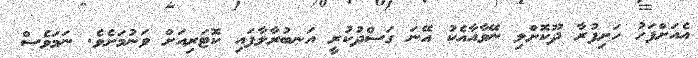
އެއަށްފަހު ހަށިފުރާ ދޫކޮށްލި ނޭވާއާއެކު އޭނަ ގަސްދުކުރީ އަނބުރާލާފައި ކޮޓަރިއަށް ވަނުމަށެވެ. ނަމަވެސް